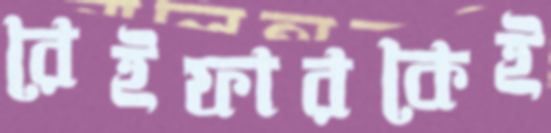
রেইফারকেই